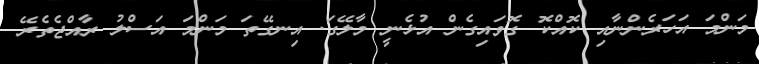
މަންމަ އަހަރެންނާއި ކޮއްކޮ ގޮވައިގެން އުޅެނީ މާލޭގަ. އިނގޭތަ މަންމަ އަސްލު ރާއްޖެތެރޭ